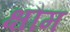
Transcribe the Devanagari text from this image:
क्षौम